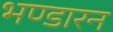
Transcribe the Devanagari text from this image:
भण्डारन